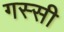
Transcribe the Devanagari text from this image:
गस्सी